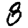
Digit: 8